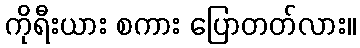
ကိုရီးယား စကား ပြောတတ်လား။